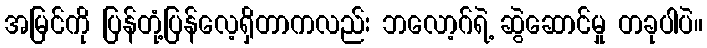
အမြင်ကို ပြန်တုံ့ပြန်လေ့ရှိတာကလည်း ဘလော့ဂ်ရဲ့ ဆွဲဆောင်မှု တခုပါပဲ။